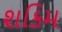
શકિમ